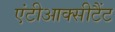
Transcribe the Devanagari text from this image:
एंटीआक्सीटैंट